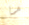
ما